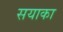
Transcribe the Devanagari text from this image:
सयाका